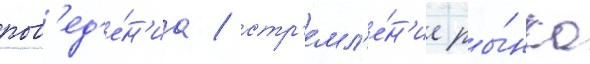
пов'ед'е́н'иа / стр'емл'е́н'ие ры́нка